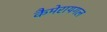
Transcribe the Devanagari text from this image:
कैमेरायगल